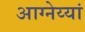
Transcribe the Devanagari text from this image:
आग्नेय्यां